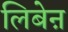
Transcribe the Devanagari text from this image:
लिबेऩ